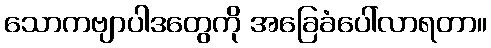
သောကဗျာပါဒတွေကို အခြေခံပေါ်လာရတာ။